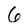
Character: 6